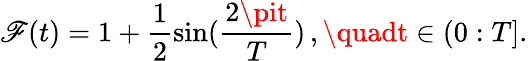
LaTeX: \mathscr{F}(t)=1+\frac{{1}}{{2}}\sin(\frac{{2\pit}}{{T}})\, ,\quadt\in(0:T].